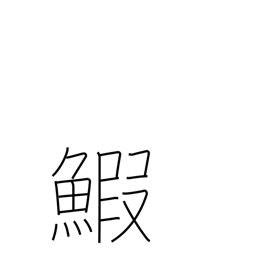
Meaning: lobster